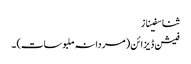
ثنا سفیناز
فیشن ڈیزائن (مردانہ ملبوسات) ۔